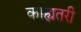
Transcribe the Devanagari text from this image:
काह्यतरी